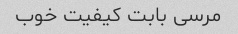
مرسی بابت کیفیت خوب